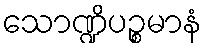
သောဏ္ဍိပဉ္စမာနံ